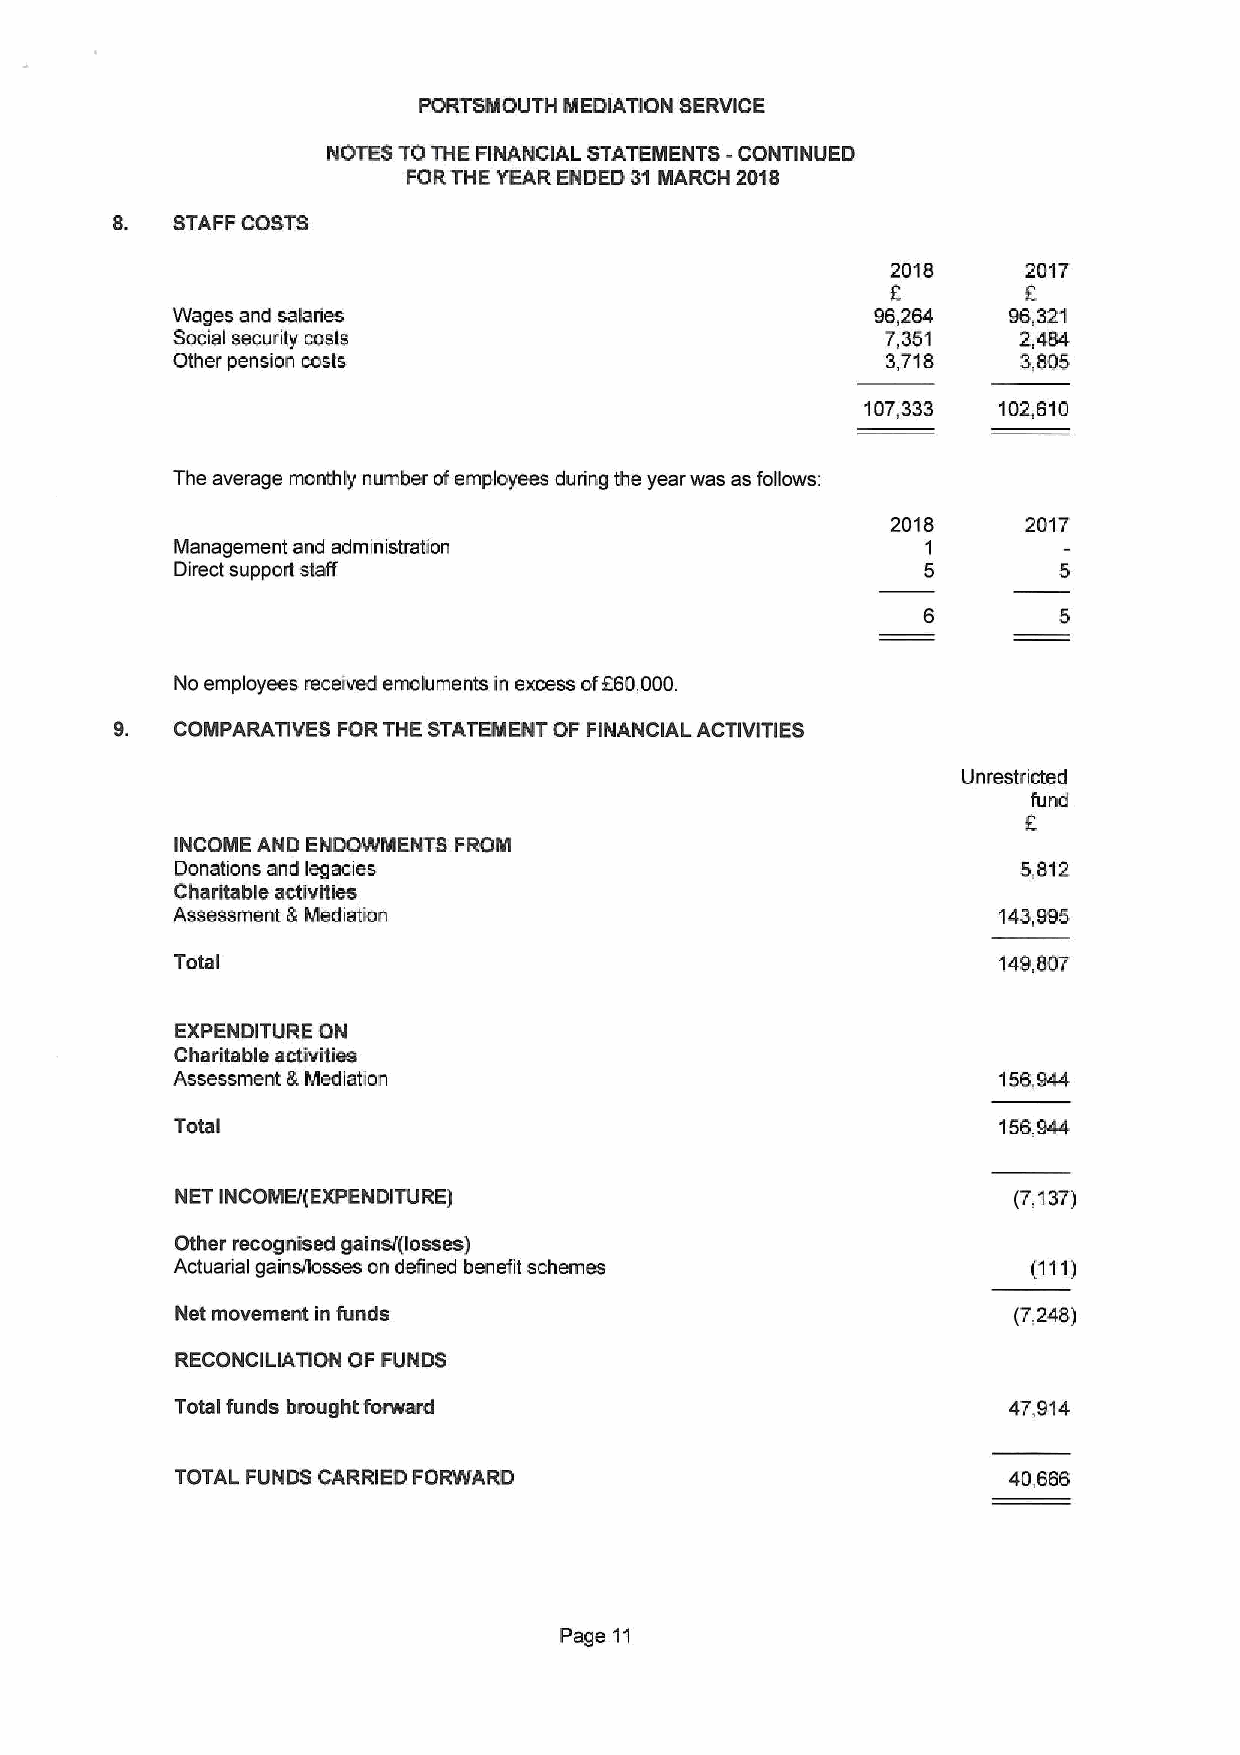
PORTSMOUTH MEDIATION SERVICE
 NOTES TO THE FINANCIAL STATEMENTS -CONTINUED
 FORTHE YEAR ENDED 31MARCH 2018
 8.  STAFF COSTS
 2018     2017
 E
 Wages and salaries                             96,264   96,321
 Social security costs                           7,351   2,484
 Other pension casts                             3,718    3,805
 107,333  102,610
 The average monthly number ofemployees during the year was as follows:
 2018     2017
 Management and administration                    1
 Direct support staff                             5
 No employees received emoluments in excess of660,000.
 9.  COMPARATIVES FORTHE STATEMENT OF FINANCIAL ACTIVITIES
 Unrestricted
 fund
 INCOME AND ENDOWMENTS FROM
 Donations and legacies                                  5,812
 Charitable activities
 Assessment 8 Mediation                                 143,995
 Total                                                 149,807
 EXPENDITURE ON
 Charitable activities
 Assessment 6Mediation                                  156,944
 Total                                                 156,944
 NET INCOMEI(EXPENDITURE)                               (7,137)
 Other recognised gains/(losses)
 Actuarial gains/losses on defined benefit schemes
 Net movement in funds                                  (7,248)
 RECONCILIAllON OF FUNDS
 Total funds brought forward                            47,914
 TOTAL FUNDS CARRIED FORWARD                            40,666
 Page 11